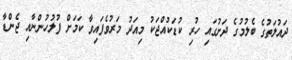
ދައުލަތުގެ ބެލުމުގެ ދަށުގައި ހުރި ކުޑަކުއްޖަކު މިއަދު މަރުވެފައިވާ ކަމަށް ފުލުހުންނާއި ޖެންޑާ